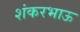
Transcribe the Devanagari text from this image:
शंकरभाऊ